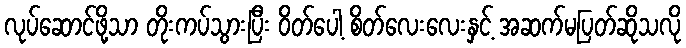
လုပ်ဆောင်ဖို့သာ တိုးကပ်သွားပြီး ဝိတ်ပေါ့ စိတ်လေးလေးနှင့် အဆက်မပြတ်ဆိုသလို